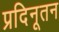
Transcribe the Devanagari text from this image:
प्रदिनूतन